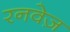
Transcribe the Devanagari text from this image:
रनवेज़